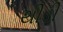
થીડી